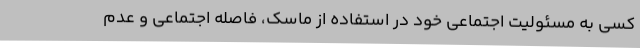
کسی به مسئولیت اجتماعی خود در استفاده از ماسک، فاصله اجتماعی و عدم